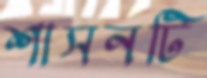
শাসনটি